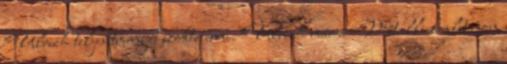
Ulrich teljesítményét szokta érni. Ulrich már a Metallica albumon